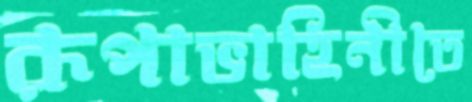
রূপাভাহিনীতে